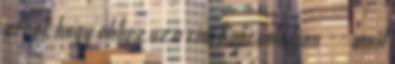
arrol, hogy ehhez az a cim kapcsolodjon -- amit